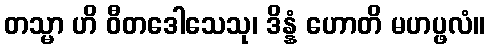
တသ္မာ ဟိ ဝီတဒေါသေသု၊ ဒိန္နံ ဟောတိ မဟပ္ဖလံ။